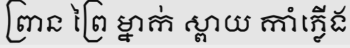
ព្រាន ព្រៃ ម្នាក់ ស្ពាយ កាំភ្លើង